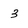
Character: 3